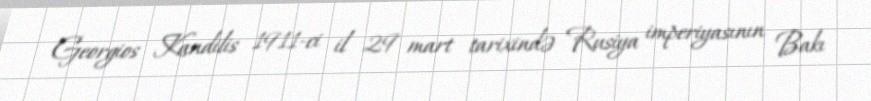
Georgios Kandilis 1911-ci il 29 mart tarixində Rusiya imperiyasının Bakı